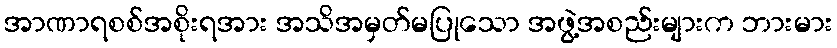
အာဏာရစစ်အစိုးရအား အသိအမှတ်မပြုသော အဖွဲ့အစည်းများက ဘားမား